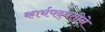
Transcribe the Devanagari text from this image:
कार्यपद्धतीने